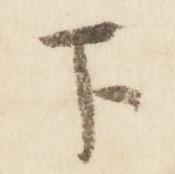
下